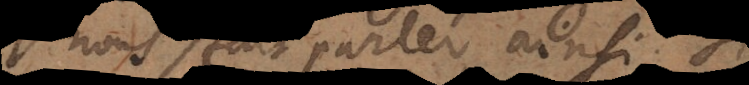
nous fait parler ainsi. Si